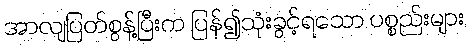
အာလျပြတ်စွန့်ပြီးက ပြန်၍သုံးခွင့်ရသော ပစ္စည်းများ